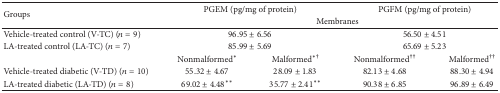
<table><thead><tr><td rowspan="2"><b>Groups</b></td><td colspan="2"><b>PGEM (pg/mg of protein)</b></td><td colspan="2"><b>PGFM (pg/mg of protein)</b></td></tr><tr><td colspan="4"><b>Membranes</b></td></tr></thead><tbody><tr><td>Vehicle-treated control (V-TC) (<i>n</i> = 9)</td><td colspan="2">96.95 ± 6.56</td><td colspan="2">56.50 ± 4.51</td></tr><tr><td>LA-treated control (LA-TC) (<i>n</i> = 7)</td><td colspan="2">85.99 ± 5.69</td><td colspan="2">65.69 ± 5.23</td></tr><tr><td> </td><td>Nonmalformed<sup><i>∗</i></sup></td><td>Malformed<sup><i>∗</i>†</sup></td><td>Nonmalformed<sup>††</sup></td><td>Malformed<sup>††</sup></td></tr><tr><td>Vehicle-treated diabetic (V-TD) (<i>n</i> = 10)</td><td>55.32 ± 4.67</td><td>28.09 ± 1.83</td><td>82.13 ± 4.68</td><td>88.30 ± 4.94</td></tr><tr><td>LA-treated diabetic (LA-TD) (<i>n</i> = 8)</td><td>69.02 ± 4.48<sup><i>∗∗</i></sup></td><td>35.77 ± 2.41<sup><i>∗∗</i></sup></td><td>90.38 ± 6.85</td><td>96.89 ± 6.49</td></tr></tbody></table>